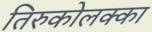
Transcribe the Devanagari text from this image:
तिरुकोलक्का